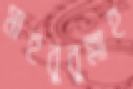
মাহবুবুল্লাহ